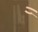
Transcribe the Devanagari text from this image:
र्‍